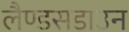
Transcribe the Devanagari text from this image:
लैण्डसडाउन